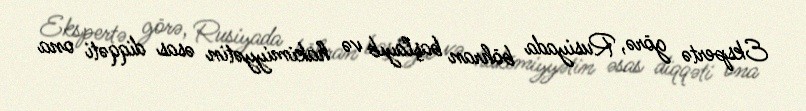
Ekspertə görə, Rusiyada böhran başlayıb və hakimiyyətin əsas diqqəti ona